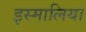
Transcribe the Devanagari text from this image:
इस्मालिया